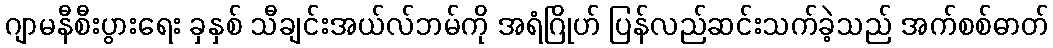
ဂျာမနီစီးပွားရေး ခှနှစ် သီချင်းအယ်လ်ဘမ်ကို အရံဂြိုဟ် ပြန်လည်ဆင်းသက်ခဲ့သည် အက်စစ်ဓာတ်